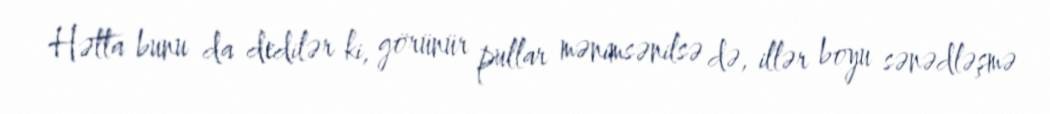
Hətta bunu da dedilər ki, görünür pullar mənimsənilsə də, illər boyu sənədləşmə